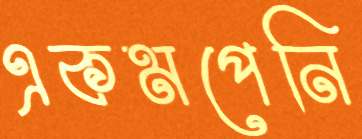
একমপেনি